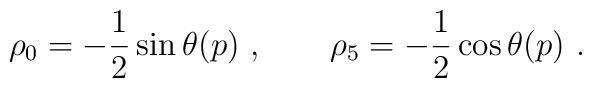
\rho_0= -\frac{1}{2}\sin \theta(p) \ , \qquad \rho_5=-\frac{1}{2}\cos \theta(p) \ .